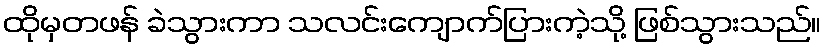
ထိုမှတဖန် ခဲသွားကာ သလင်းကျောက်ပြားကဲ့သို့ ဖြစ်သွားသည်။